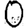
Digit: 0